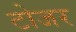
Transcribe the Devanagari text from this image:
टोजर